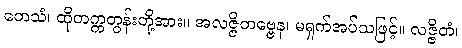
တေသံ၊ ထိုတက္ကတွန်းတို့အား။ အလဇ္ဇိတဗ္ဗေန၊ မရှက်အပ်သဖြင့်။ လဇ္ဇိတံ၊